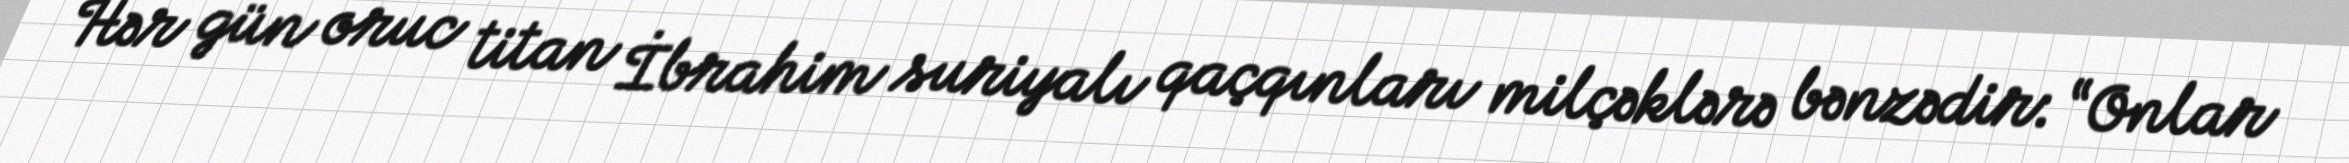
Hər gün oruc titan İbrahim suriyalı qaçqınları milçəklərə bənzədir: “Onlar